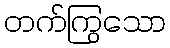
တက်ကြွသော